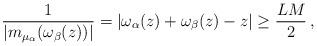
LaTeX: \begin{align*} \frac{1}{|m_{\mu_\alpha}(\omega_\beta(z))|}=|\omega_\alpha(z)+\omega_\beta(z)-z|\ge\frac{LM}{2}\,,\end{align*}